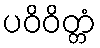
ပဝိဝိတ္တံ